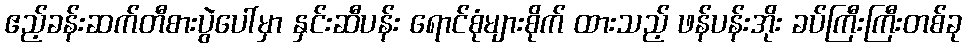
ဧည့်ခန်းဆက်တီစားပွဲပေါ်မှာ နှင်းဆီပန်း ရောင်စုံများစိုက် ထားသည့် ဖန်ပန်းအိုး ခပ်ကြီးကြီးတစ်ခု